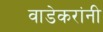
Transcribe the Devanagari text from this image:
वाडेकरांनी